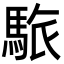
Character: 䮉